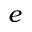
e